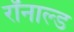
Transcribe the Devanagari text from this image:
रॉनाल्ड